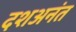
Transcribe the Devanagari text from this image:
दशअनंत